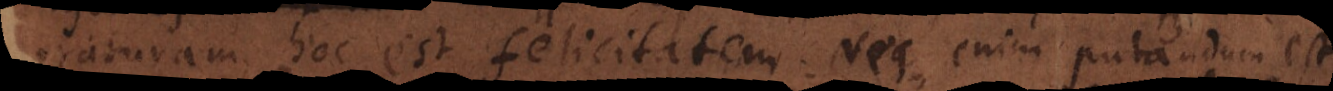
duraturam, hoc est felicitatem. Neque enim putandum est